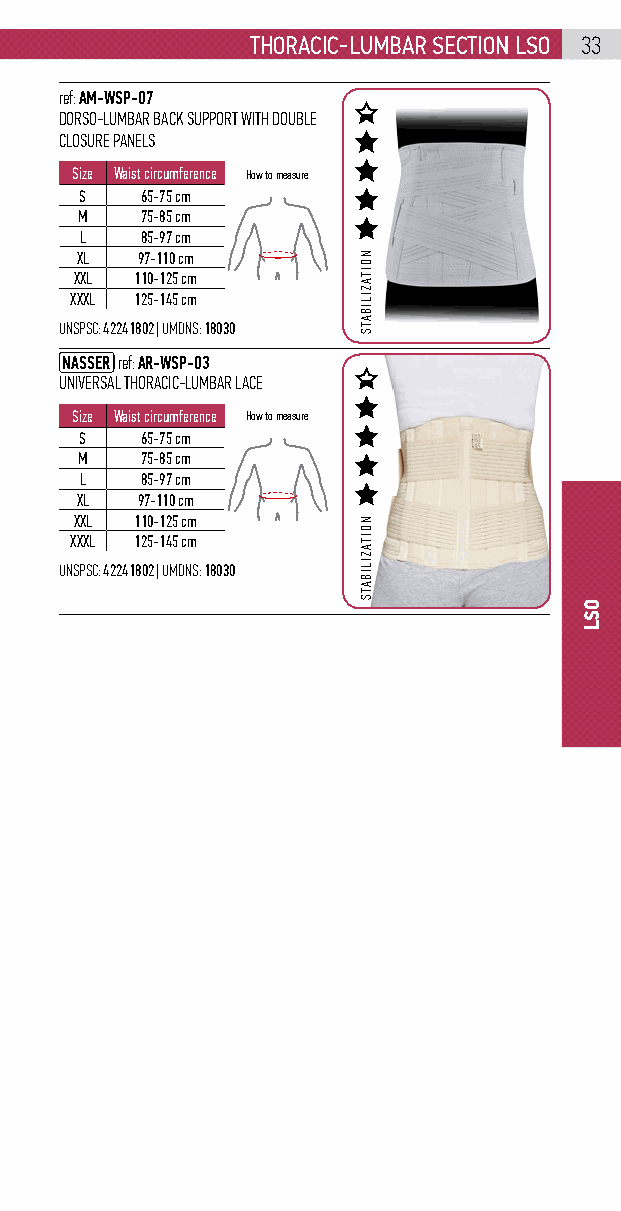
Thoracic-lumbar secTion lso 33
 ref: AM-WSP-07
 DORSO-LUMBAR BACK SUPPORT WITH DOUBLE
 CLOSURE PANELS
 Size Waist circumference How to measure
 S   65-75 cm
 M   75-85 cm
 L   85-97 cm
 XL  97-110 cm
 XXL 110-125 cm
 XXXL 125-145 cm
 UNSPSC: 42241802 | UMDNS: 18030
 NASSER ref: AR-WSP-03
 UNIVERSAL THORACIC-LUMBAR LACE
 Size Waist circumference How to measure
 S   65-75 cm
 M   75-85 cm
 L   85-97 cm
 XL  97-110 cm
 XXL 110-125 cm
 XXXL 125-145 cm
 UNSPSC: 42241802 | UMDNS: 18030
 NOITAZILIBATS
 NOITAZILIBATS
 OSL